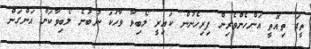
ތީގަ ތިއޮތީ އަންހެންވެރިން ފިރިހެނުން ކައިރީ ލޯބިވާ ވާހަކަ ނުބުނެ ލޯބިވާކަން އަންގަން